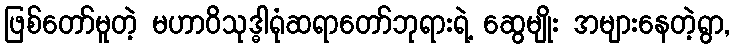
ဖြစ်တော်မူတဲ့ မဟာဝိသုဒ္ဓါရုံဆရာတော်ဘုရားရဲ့ ဆွေမျိုး အများနေတဲ့ရွာ,